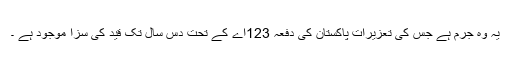
یہ وہ جرم ہے جس کی تعزیرات پاکستان کی دفعہ 123اے کے تحت دس سال تک قید کی سزا موجود ہے ۔